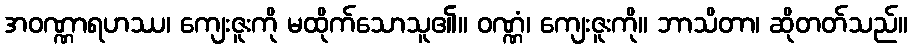
အဝဏ္ဏာရဟဿ၊ ကျေးဇူးကို မထိုက်သောသူ၏။ ဝဏ္ဏံ၊ ကျေးဇူးကို။ ဘာသိတာ၊ ဆိုတတ်သည်။